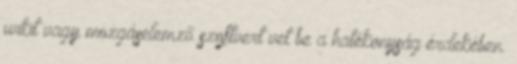
wikit vagy mozgáselemző szoftvert vet be a hatékonyság érdekében.